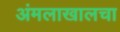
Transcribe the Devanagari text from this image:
अंमलाखालचा